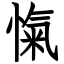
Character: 愾